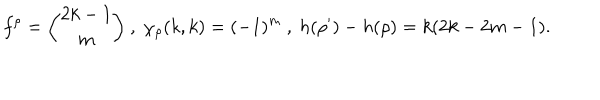
f ^ { \rho } = { \binom { 2 k - 1 } { m } } \ , \ \chi _ { \rho } ( k , k ) = ( - 1 ) ^ { m } \ , \ h ( \rho ^ { \prime } ) - h ( \rho ) = k ( 2 k - 2 m - 1 ) .